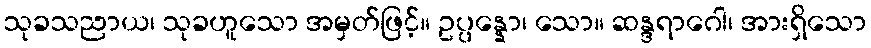
သုခသညာယ၊ သုခဟူသော အမှတ်ဖြင့်။ ဥပ္ပန္နော၊ သော။ ဆန္ဒရာဂေါ၊ အားရှိသော